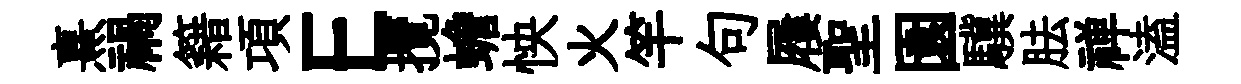
熹禍籍項E攬蟾怏火竿句屨聖園驥胠禅溘